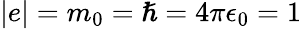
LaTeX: \vert e\vert=m_{0}=\hslash=4\pi\epsilon_{0}=1